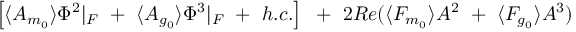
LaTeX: \left[ \langle A _ { m _ { 0 } } \rangle \Phi ^ { 2 } \vert _ { F } ~ + ~ \langle A _ { g _ { 0 } } \rangle \Phi ^ { 3 } \vert _ { F } ~ + ~ h . c . \right] { } ~ + ~ 2 R e ( \langle F _ { m _ { 0 } } \rangle A ^ { 2 } ~ + ~ \langle F _ { g _ { 0 } } \rangle A ^ { 3 } )